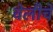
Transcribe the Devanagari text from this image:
वेलीचे